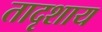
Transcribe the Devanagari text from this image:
तादृशाय